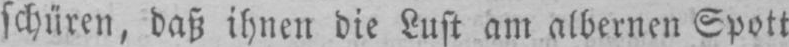
schüren, daß ihnen die Lust am albernen Spott